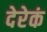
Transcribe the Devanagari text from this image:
देरेकं